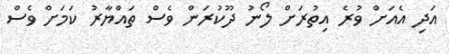
އަދި އެއަށް ވުރެ އިތުރަށް ލޯނު ދޫކުރަން ވެސް ތައްޔާރު ކަމަށް ވެސް